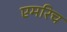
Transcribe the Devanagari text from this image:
एमरिच